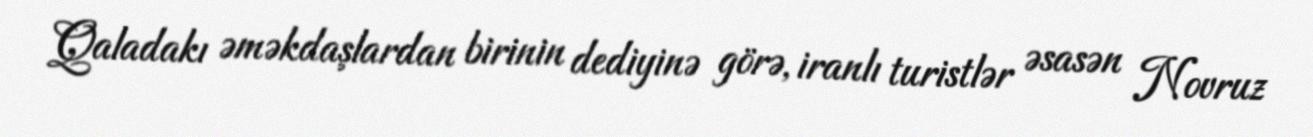
Qaladakı əməkdaşlardan birinin dediyinə görə, iranlı turistlər əsasən Novruz